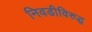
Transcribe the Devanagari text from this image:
निवडीविरुद्ध